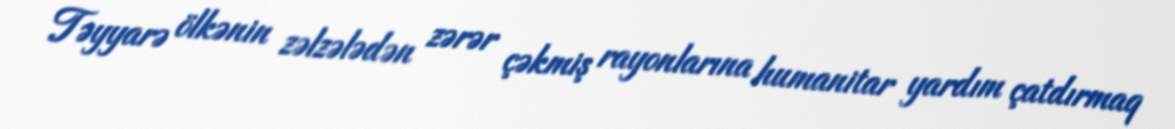
Təyyarə ölkənin zəlzələdən zərər çəkmiş rayonlarına humanitar yardım çatdırmaq